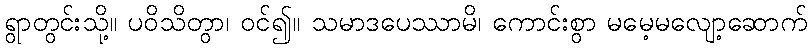
ရွာတွင်းသို့။ ပဝိသိတွာ၊ ဝင်၍။ သမာဒပေဿာမိ၊ ကောင်းစွာ မမေ့မလျော့ဆောက်